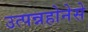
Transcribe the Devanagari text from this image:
उत्पन्नहोनेसे